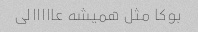
بوکا مثل همیشه عااااالی